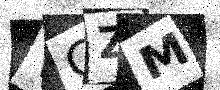
Text: VCZM